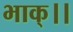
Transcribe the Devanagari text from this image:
भाक्।।